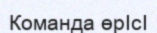
Команда өрӀсӀ